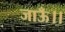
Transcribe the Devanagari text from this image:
जाऊँ।।